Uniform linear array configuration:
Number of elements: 48
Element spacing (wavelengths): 1
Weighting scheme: kaiser
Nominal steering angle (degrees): -30
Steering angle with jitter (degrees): -31.941
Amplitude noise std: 0.05
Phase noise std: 0.05

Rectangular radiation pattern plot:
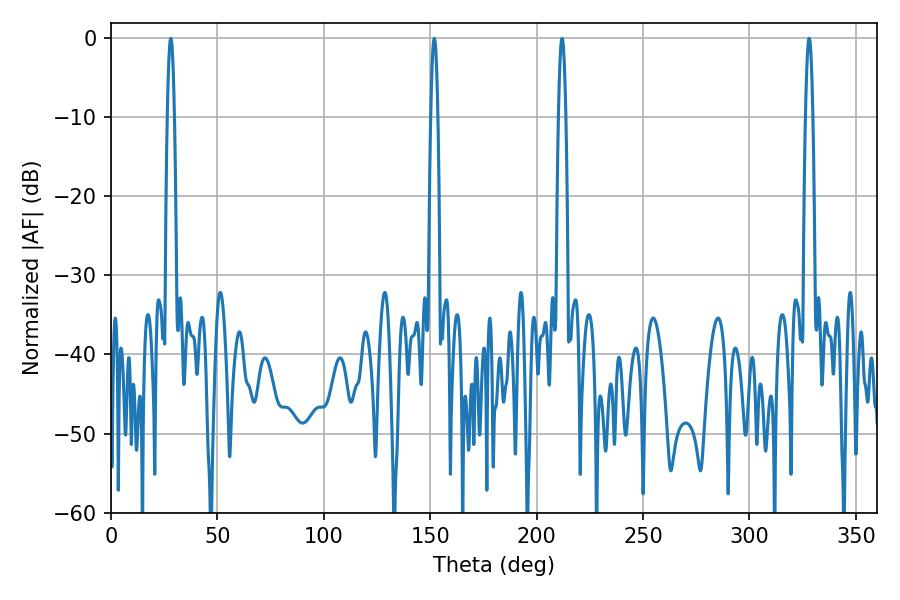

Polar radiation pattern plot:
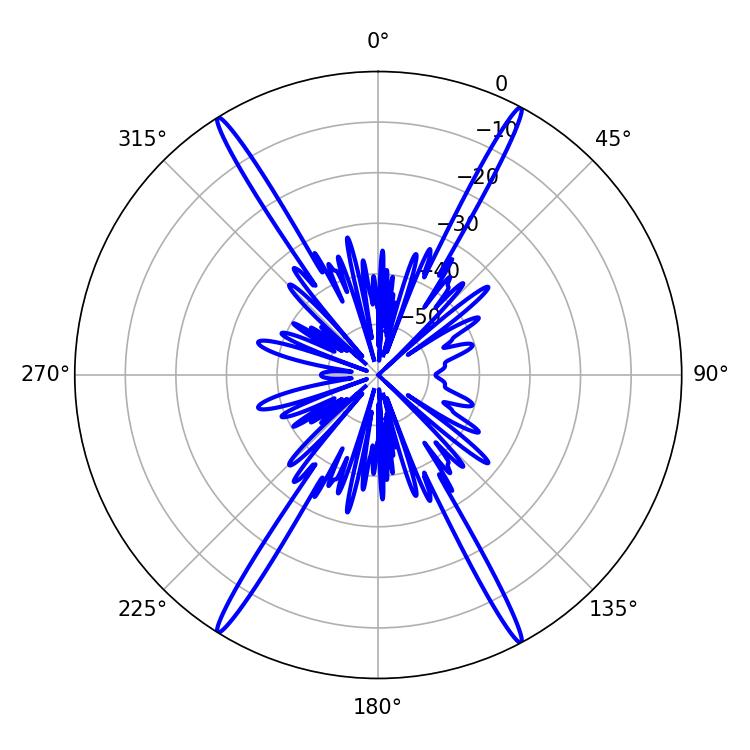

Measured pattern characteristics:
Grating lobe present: TRUE
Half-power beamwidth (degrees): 1.8
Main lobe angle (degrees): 28.08